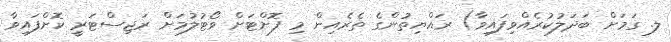
ލ. ގަމަށް ބަދަލުކުރެއްވިފައިވާ) ރައްޔިތުންގެ ތެރެއިން މި ފޮށްޓަށް ވޯޓުލުމަށް ރަޖިސްޓަރީ ކޮށްފައިވާ